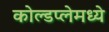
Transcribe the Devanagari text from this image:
कोल्डप्लेमध्ये